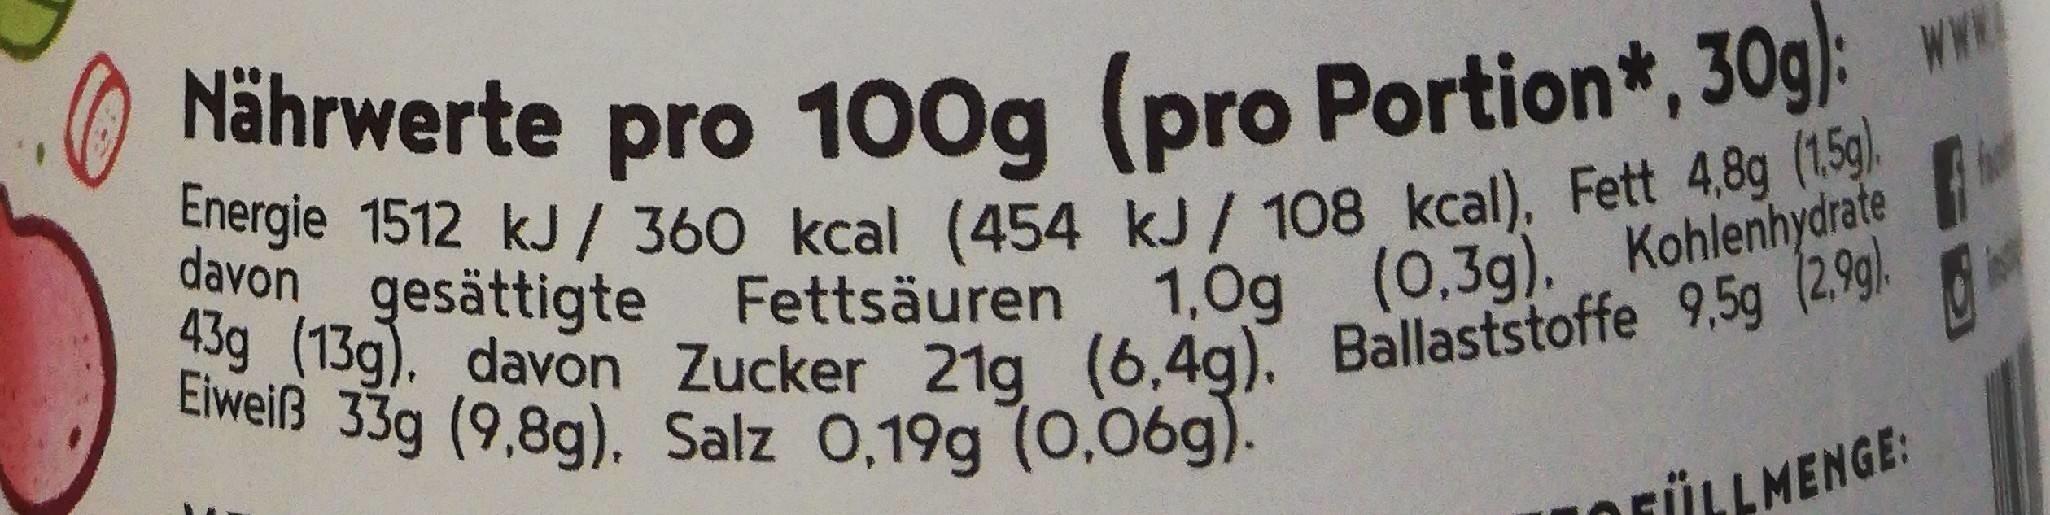
Nährwerte pro 100g (pro Portion*, 30g):
WWW
Energie 1512 kJ / 360 kcal (454 kJ/ 108 kcal), Fett 4.8g (15g) 43g (13g), davon Zucker 21g (6,4g). Ballaststoffe 9,5g (2.9g).
davon gesättigte Fettsäuren 1,0g (0,3g), Kohlenhydrate
Eiweiß 33g (9,8g). Salz 0,19g (0,06g).
FÜLLMENGE: